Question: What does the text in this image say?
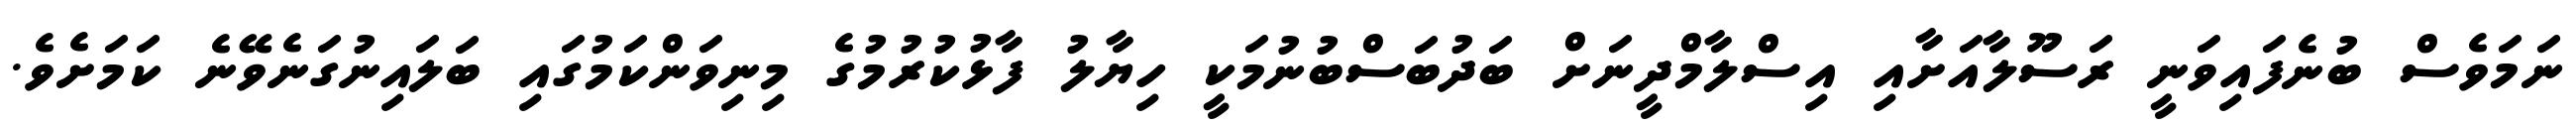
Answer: ނަމަވެސް ބުނެފައިވަނީ ރަސޫލާއަށާއި އިސްލާމްދީނަށް ބަދުބަސްބުނުމަކީ ހިޔާލު ފާޅުކުރުމުގެ މިނިވަންކަމުގައި ބަލައިނުގަނެވޭނެ ކަމަށެވެ.